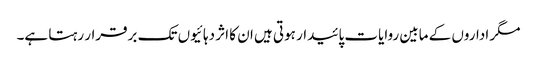
مگر اداروں کے مابین روایات پائیدار ہوتی ہیں ان کا اثر دہائیوں تک برقرار رہتا ہے۔